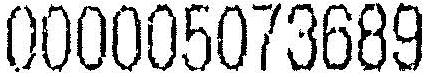
000005073689